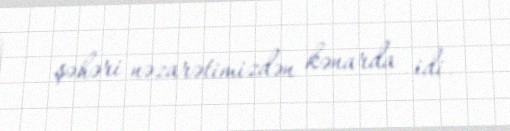
şəhəri nəzarətimizdən kənarda idi.